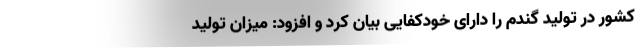
کشور در تولید گندم را دارای خودکفایی بیان کرد و افزود: میزان تولید